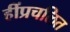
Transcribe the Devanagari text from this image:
हींप्रचलित